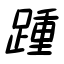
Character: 踵